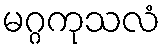
မဂ္ဂကုသလံ